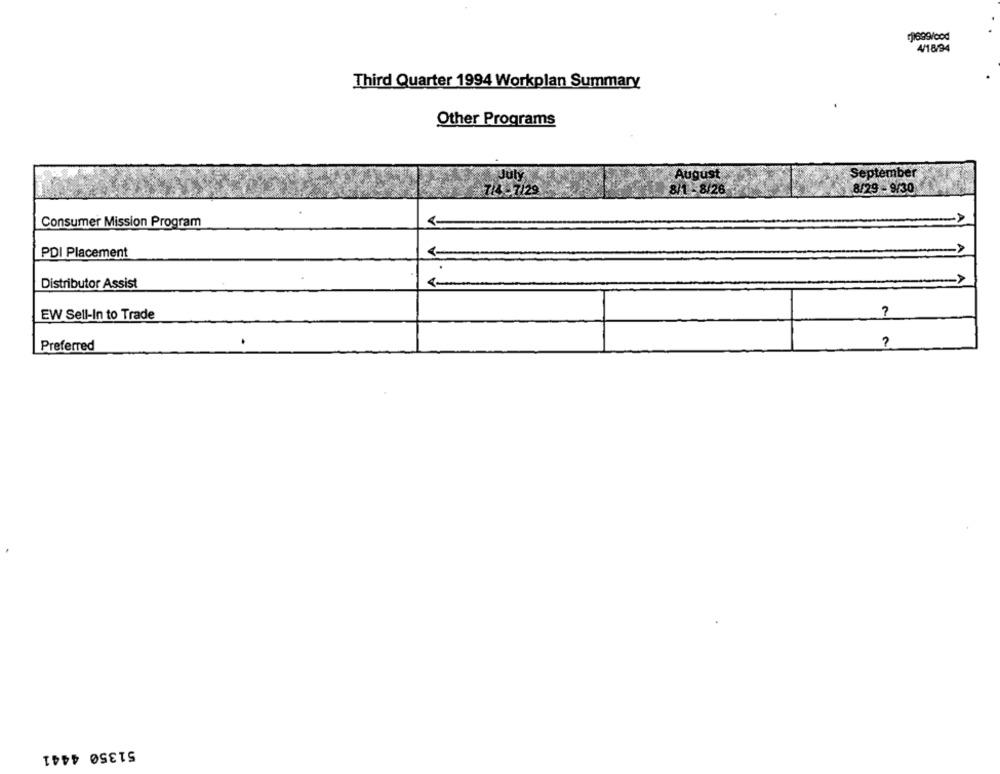
4/18/94
Third Quarter 1994 Workplan Summary
Other Programs
July
August
September
7/4 - 7129
8/1 - 8/26
8/29 - 9/30
Consumer Mission Program
PDI Placement
1-
Distributor Assist
EW Sell-In to Trade
?
Preferred
51350 4441